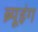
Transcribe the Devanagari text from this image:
ब्र्यूइंग